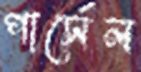
পার্সেল